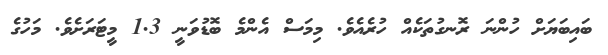
ބައިބަޔަށް ހުންނަ ރޮނގުތަކެއް ހުރެއެވެ. މިމަސް އެންމެ ބޮޑުވަނީ 1.3 މީޓަރަށެވެ. މަހުގެ